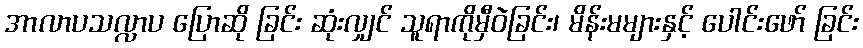
အာလာပသလ္လာပ ပြောဆို ခြင်း ဆုံးလျှင် သူရာကိုမှီဝဲခြင်း၊ မိန်းမများနှင့် ပေါင်းဖော် ခြင်း